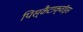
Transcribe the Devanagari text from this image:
पिस्कैटाक्वॉइस